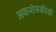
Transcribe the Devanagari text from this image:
अकशेरुकीयों